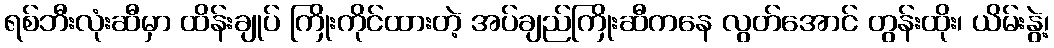
ရစ်ဘီးလုံးဆီမှာ ထိန်းချုပ် ကြိုးကိုင်ထားတဲ့ အပ်ချည်ကြိုးဆီကနေ လွတ်အောင် တွန်းထိုး၊ ယိမ်းနွဲ့၊